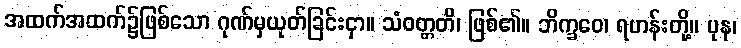
အထက်အထက်၌ဖြစ်သော ဂုဏ်မှယုတ်ခြင်းငှာ။ သံဝတ္တတိ၊ ဖြစ်၏။ ဘိက္ခဝေ၊ ရဟန်းတို့။ ပုန၊